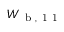
W _ { \mathrm { ~ b ~ , ~ 1 ~ 1 ~ } }